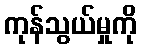
ကုန်သွယ်မှုကို